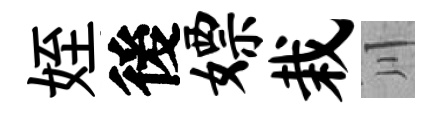
姪後嫖栽川